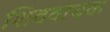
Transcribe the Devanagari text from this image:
शिववाचक